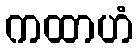
ကထာဟံ